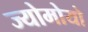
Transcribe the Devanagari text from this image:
ज्योमोयो